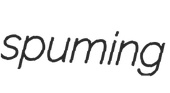
spuming